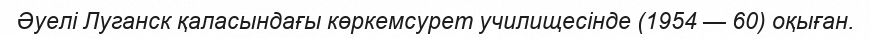
Әуелі Луганск қаласындағы көркемсурет училищесінде (1954 — 60) оқыған.